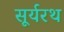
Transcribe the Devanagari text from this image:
सूर्यरथ